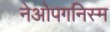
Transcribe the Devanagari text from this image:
नेओपगनिस्म